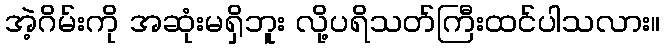
အဲ့ဂိမ်းကို အဆုံးမရှိဘူး လို့ပရိသတ်ကြီးထင်ပါသလား။